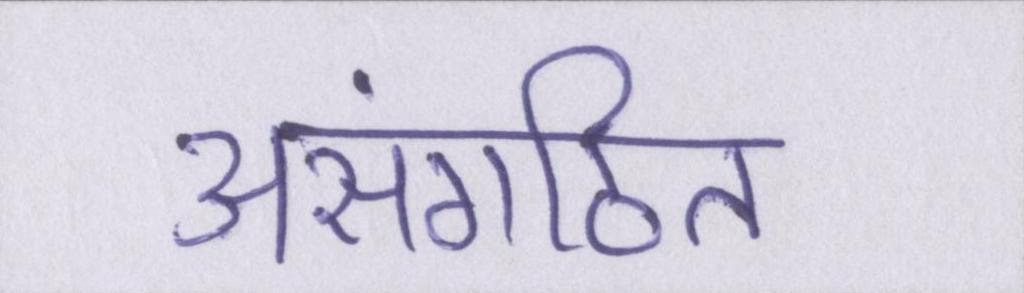
असंगठित